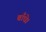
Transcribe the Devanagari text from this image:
बाँधे।